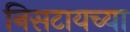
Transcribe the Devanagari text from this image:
निसटायच्या